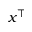
x ^ { \top }